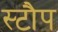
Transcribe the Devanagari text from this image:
स्टौप